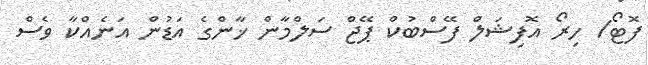
ފޮޓޯ/ ހިރޯ އޮފިޝަލް ފޭސްބުކް ޕޭޖް ސަލްމާން ޚާންގެ އަޑުން އަނެއްކާ ވެސް